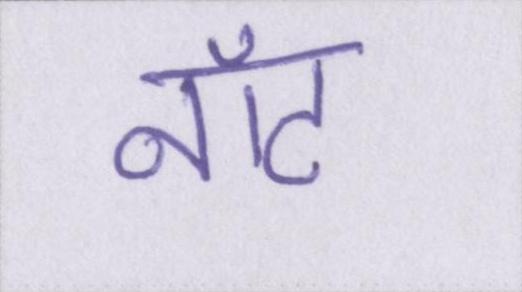
नॉट